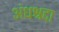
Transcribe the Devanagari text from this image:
अंधश्रद्दा